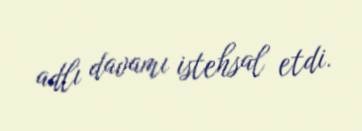
adlı davamı istehsal etdi.